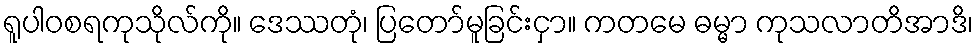
ရူပါဝစရကုသိုလ်ကို။ ဒေဿတုံ၊ ပြတော်မူခြင်းငှာ။ ကတမေ ဓမ္မာ ကုသလာတိအာဒိ၊